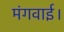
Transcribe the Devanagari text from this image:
मंगवाई।